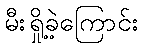
မီးရှို့ခဲ့ကြောင်း